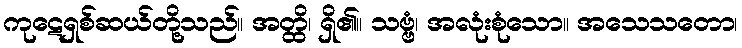
ကုဋေရှစ်ဆယ်တို့သည်။ အတ္ထိ၊ ရှိ၏။ သဗ္ဗံ၊ အလုံးစုံသော။ အသေသတော၊